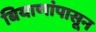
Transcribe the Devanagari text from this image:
बियाणांपासून